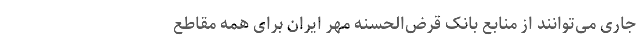
جاری می‌توانند از منابع بانک قرض‌الحسنه مهر ایران برای همه مقاطع